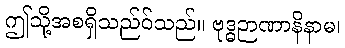
ဤသို့အစရှိသည်ဝ်သည်။ ဗုဒ္ဓဉာဏာနိနာမ၊